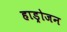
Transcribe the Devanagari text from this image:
हाड्रोजन